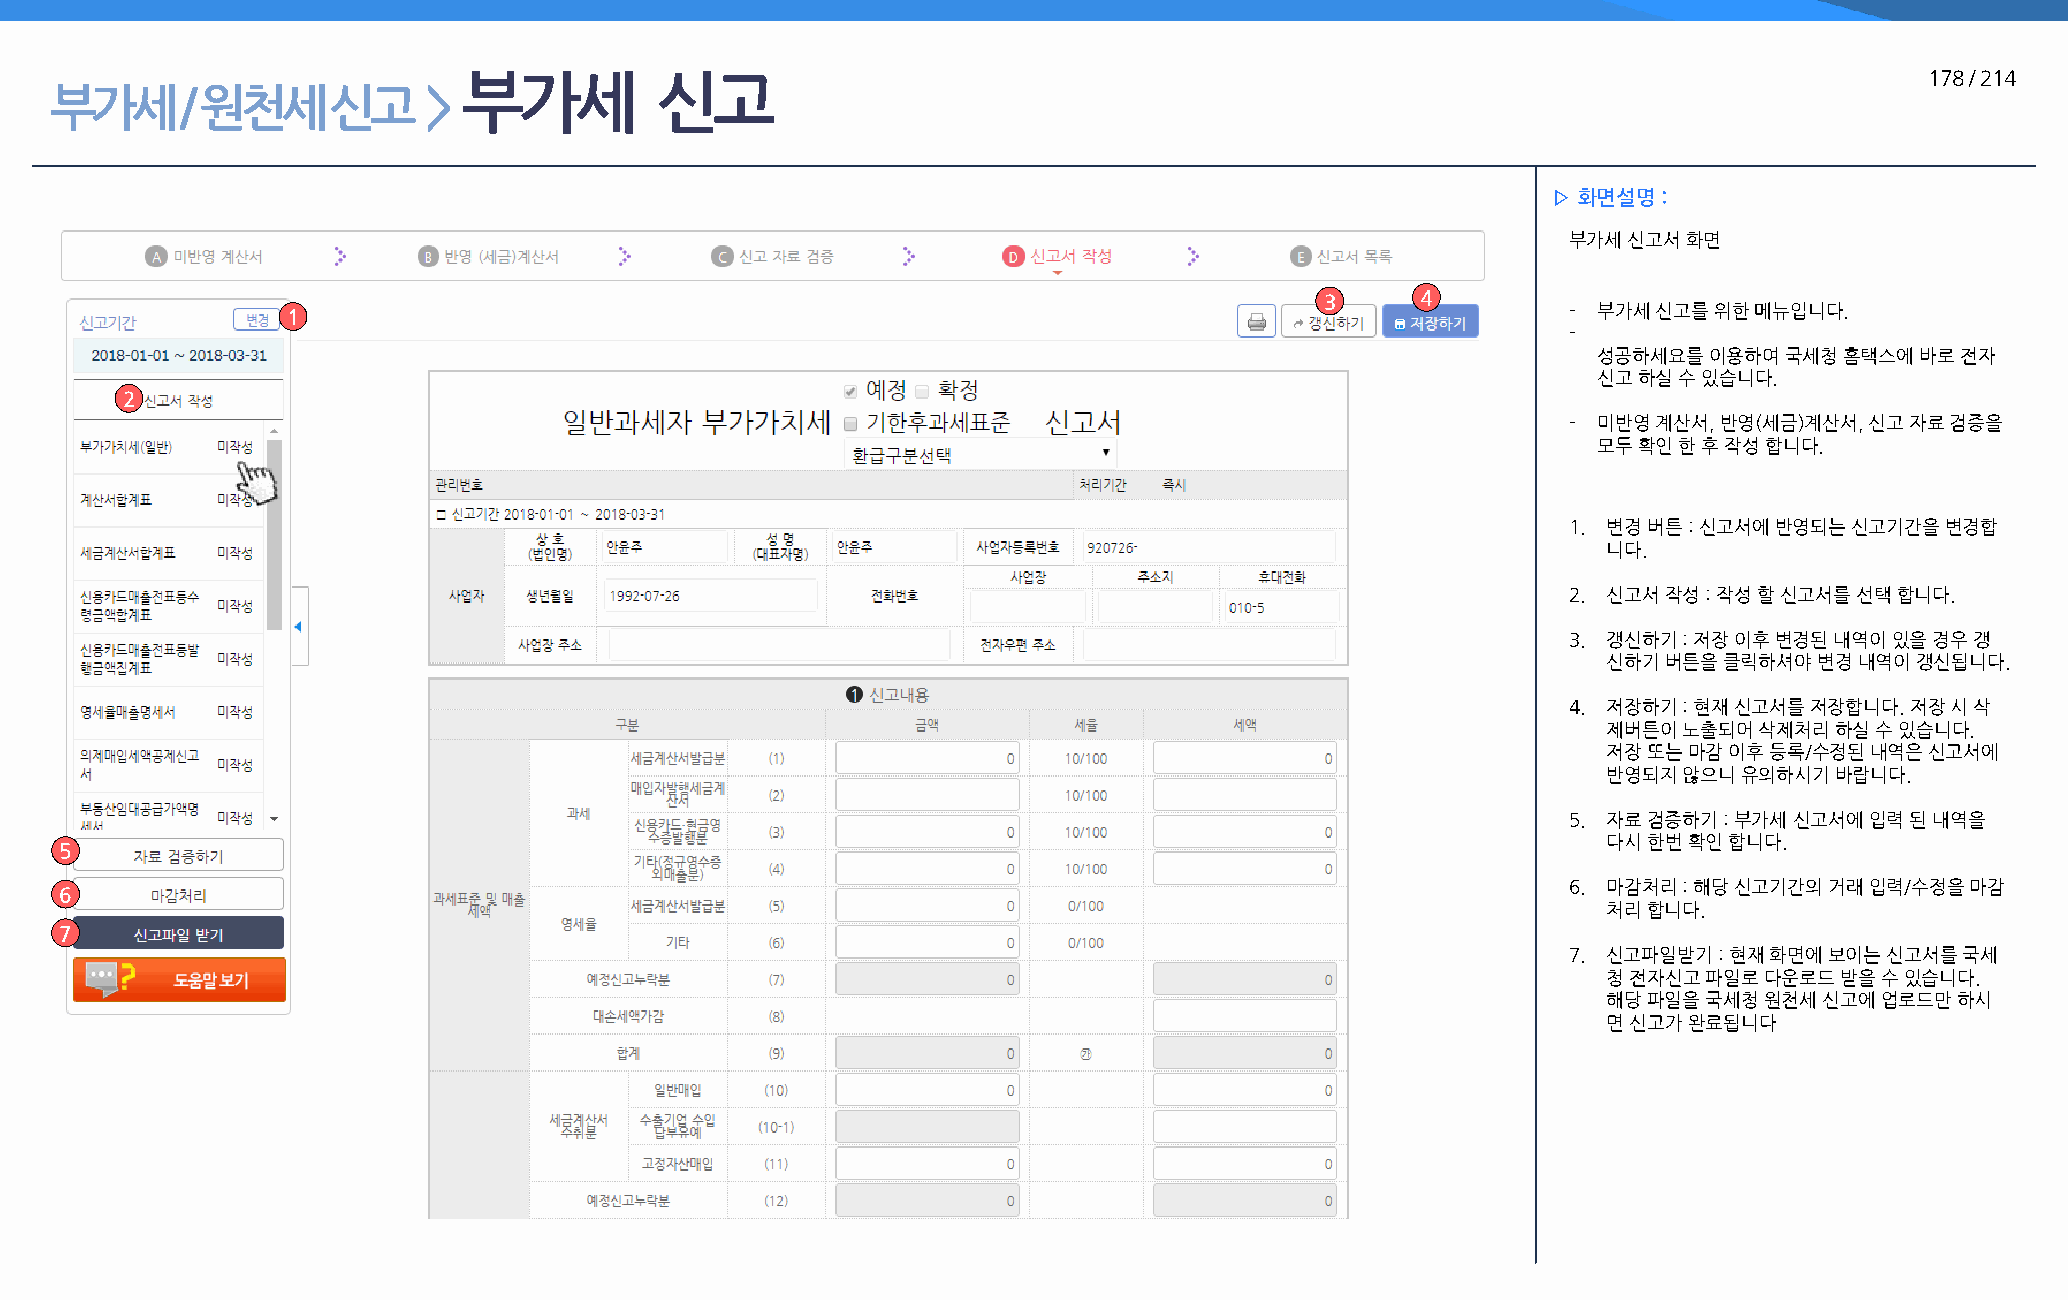
부가세         신고                                                                                   178 / 214
 부가세      / 원천세     신고    >
 ▷ 화면설명 :
 부가세 신고서 화면
 3     4
 1                                                                                    - 부가세 신고를 위한 메뉴입니다.
 -
 성공하세요를 이용하여 국세청 홈택스에 바로 전자
 신고 하실 수 있습니다.
 2
 - 미반영 계산서, 반영(세금)계산서, 신고 자료 검증을
 모두 확인 한 후 작성 합니다.
 1. 변경 버튼 : 신고서에 반영되는 신고기간을 변경합
 니다.
 2. 신고서 작성 : 작성 할 신고서를 선택 합니다.
 3. 갱신하기 : 저장 이후 변경된 내역이 있을 경우 갱
 신하기 버튼을 클릭하셔야 변경 내역이 갱신됩니다.
 4. 저장하기 : 현재 신고서를 저장합니다. 저장 시 삭
 제버튼이 노출되어 삭제처리 하실 수 있습니다.
 저장 또는 마감 이후 등록/수정된 내역은 신고서에
 반영되지 않으니 유의하시기 바랍니다.
 5. 자료 검증하기 : 부가세 신고서에 입력 된 내역을
 다시 한번 확인 합니다.
 5
 6. 마감처리 : 해당 신고기간의 거래 입력/수정을 마감
 6
 처리 합니다.
 7
 7. 신고파일받기 : 현재 화면에 보이는 신고서를 국세
 청 전자신고 파일로 다운로드 받을 수 있습니다.
 해당 파일을 국세청 원천세 신고에 업로드만 하시
 면 신고가 완료됩니다